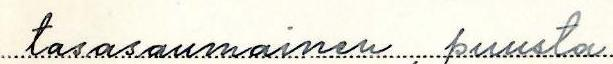
tasasaumainen, puusta